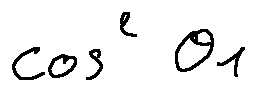
\cos ^ { 2 } \theta _ { 1 }